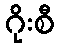
ဂိုးစီ